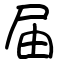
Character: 届